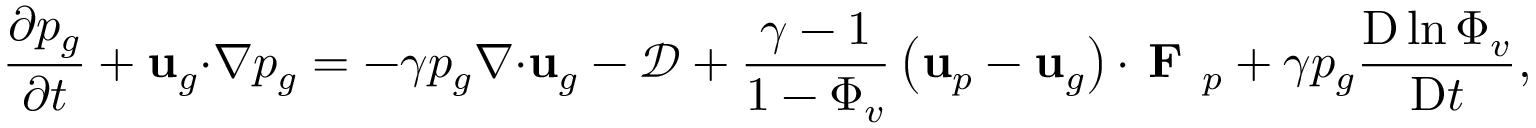
\frac { \partial p _ { g } } { \partial t } + \mathbf { u } _ { g } \mathbf { \cdot } \nabla p _ { g } = - \gamma p _ { g } \nabla \mathbf { \cdot } \mathbf { u } _ { g } - \mathcal { D } + \frac { \gamma - 1 } { 1 - \Phi _ { v } } \left( \mathbf { u } _ { p } - \mathbf { u } _ { g } \right) \mathbf { \cdot } \textbf { F } _ { p } + \gamma p _ { g } \frac { \mathrm { D } \ln { \Phi _ { v } } } { \mathrm { D } t } ,